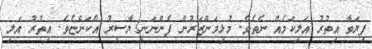
ފިޔަވާ އިތުރު އަލިކަމެއް ނެތެވެ. މުޅިމަންޒަރުން ފެންނަނީ ޔާސިރު އެކަންޏެވެ. އިތުރު އަލި